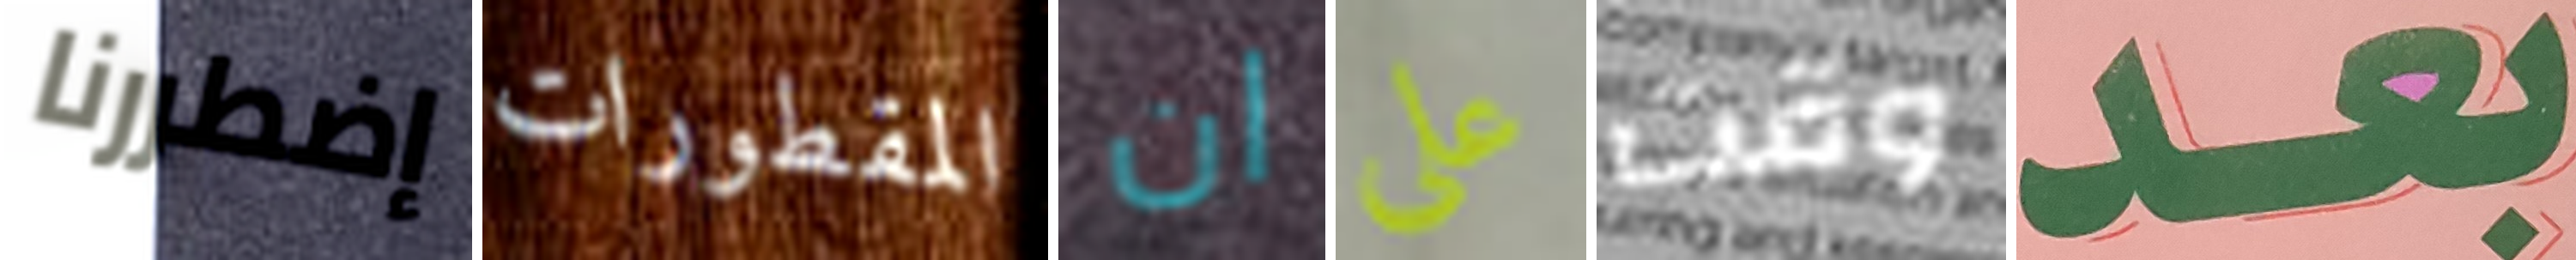
إضطررنا المقطورات ان على وقت بعد